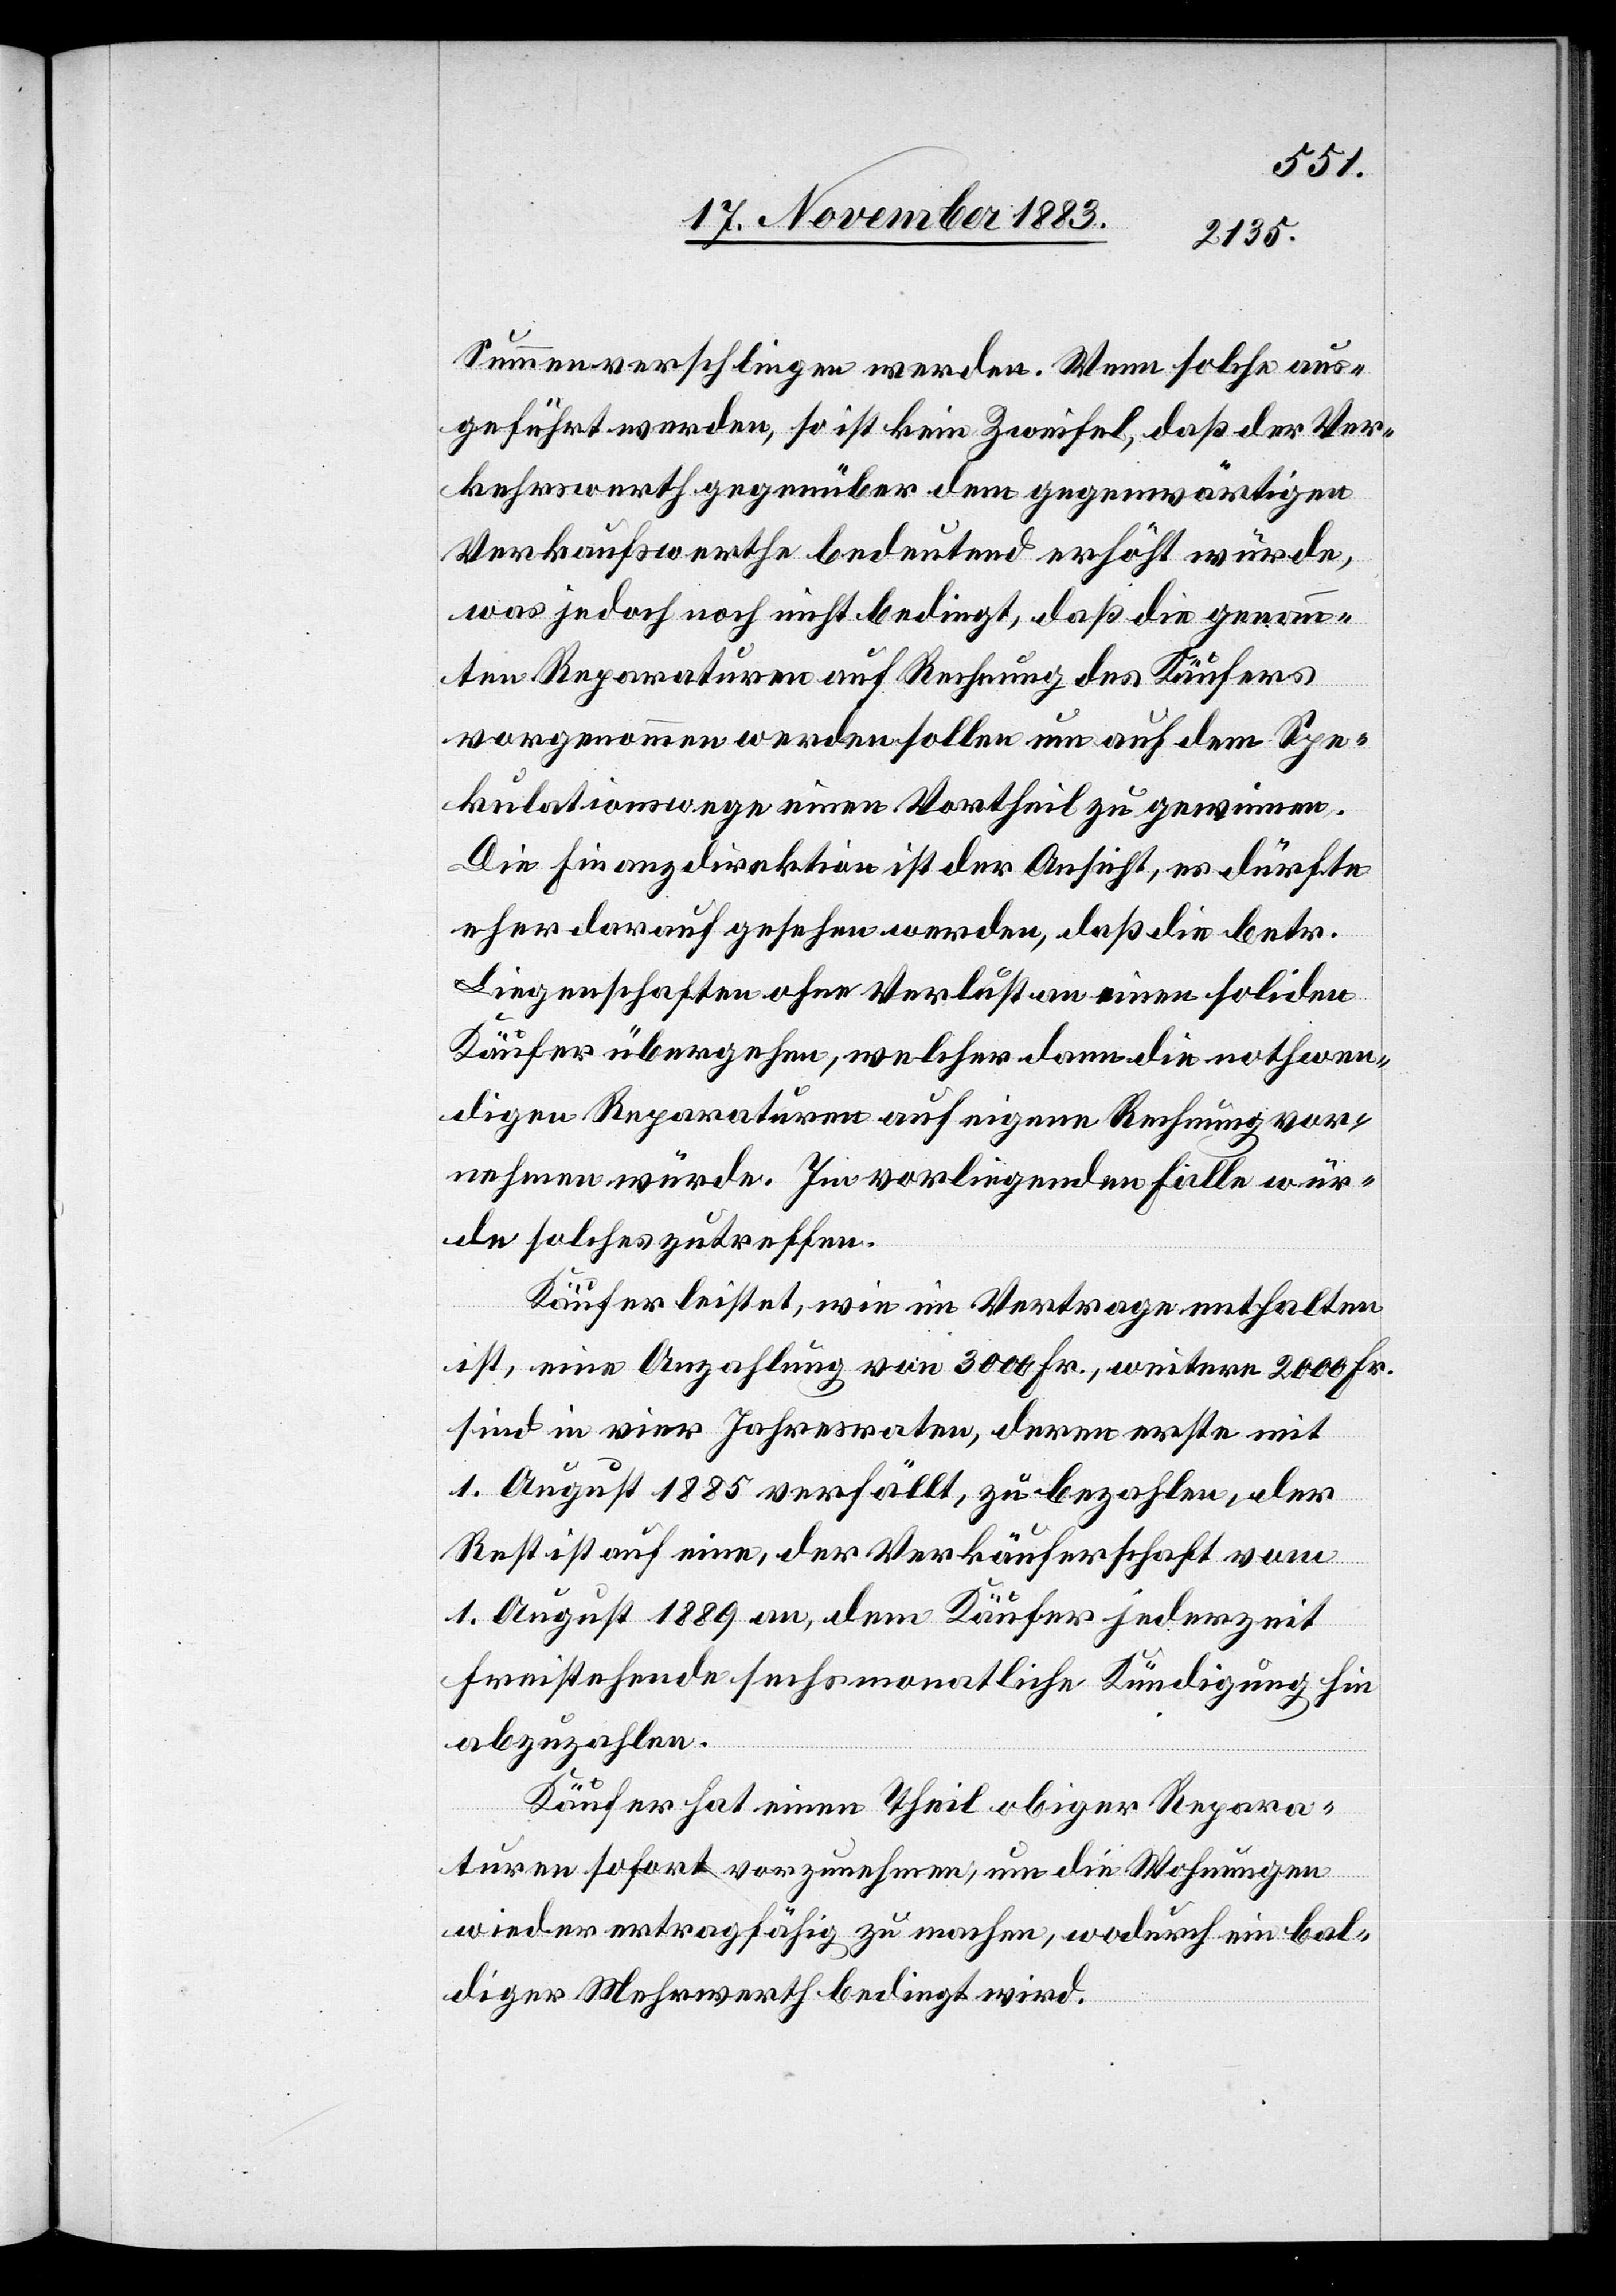
Summen verschlingen werden. Wenn solche aus¬
geführt werden, so ist kein Zweifel, daß der Ver¬
kehrswerth gegenüber dem gegenwärtigen
Verbrauchswerthe bedeutend erhöht würde,
was jedoch noch nicht bedingt, daß die genann¬
ten Reparaturen auf Rechnung des Käufers
vorgenommen werden sollen um auf dem Spe¬
kulationswege einen Vortheil zu gewinnen.
Die Finanzdirektion ist der Ansicht, es dürfte
eher darauf gesehen werden, daß die betr.
Liegenschaften ohne Verlust an einen soliden
Käufer übergehen, welcher dann die nothwen¬
digen Reparaturen auf eigene Rechnung vor¬
nehmen würde. Im vorliegenden Falle wür¬
de solches zutreffen.
Käufer leistet, wie im Vertrage enthalten
ist, eine Anzahlung von 3000 Fr., weitere 2000 Fr.
sind in vier Jahresraten, deren erste mit
1. August 1885 verfällt, zu bezahlen, der
Rest ist auf eine, der Verkäuferschaft vom
1. August 1889 an, dem Käufer jederzeit
freistehende sechsmonatliche Kündigung hin
abzubezahlen.
Käufer hat einen Theil obiger Repara¬
turen sofort vorzunehmen, um die Wohnungen
wieder ertragfähig zu machen, wodurch ein bal¬
diger Mehrwerth bedingt wird.